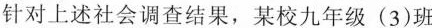
针对上述社会调查结果，某校九年级(3)班